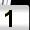
Digit: 1